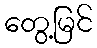
တွေ့မြင်